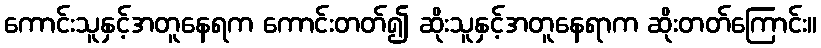
ကောင်းသူနှင့်အတူနေရက ကောင်းတတ်၍ ဆိုးသူနှင့်အတူနေရာက ဆိုးတတ်ကြောင်း။